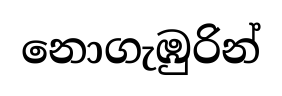
නොගැඹුරින්